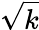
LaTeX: \sqrt{k}